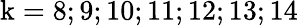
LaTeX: \mathrm{k}=8;9;10;11;12;13;14